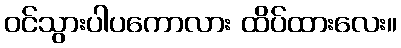
ဝင်သွားပါပကောလား ထိပ်ထားလေး။